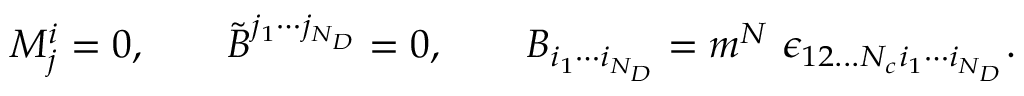
M _ { j } ^ { i } = 0 , \qquad \tilde { B } ^ { j _ { 1 } \cdots j _ { N _ { D } } } = 0 , \qquad B _ { i _ { 1 } \cdots i _ { N _ { D } } } = m ^ { N } \ \epsilon _ { 1 2 . . . N _ { c } i _ { 1 } \cdots i _ { N _ { D } } } .